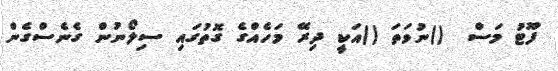
ފޫޓު މަސް  ()ނުވަތަ ()އަކީ ދިރޭ މަހެއްގެ ގޮތުގައި ސިލޯނުން ގެނެސްގެން